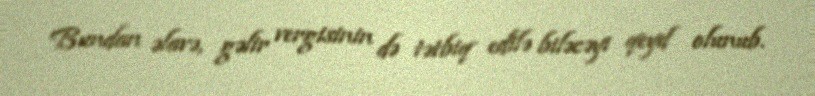
Bundan əlavə, gəlir vergisinin də tətbiq edilə biləcəyi qeyd olunub.